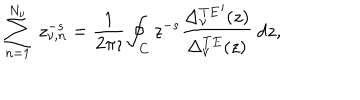
LaTeX: \sum _ { n = 1 } ^ { N _ { \nu } } \ z _ { \nu , n } ^ { - s } = \displaystyle { \frac { 1 } { 2 \pi \imath } } \oint _ { C } z ^ { - s } \displaystyle { \frac { { \Delta _ { \nu } ^ { T E } } ^ { \prime } ( z ) } { \Delta _ { \nu } ^ { T E } ( z ) } } \ d z ,